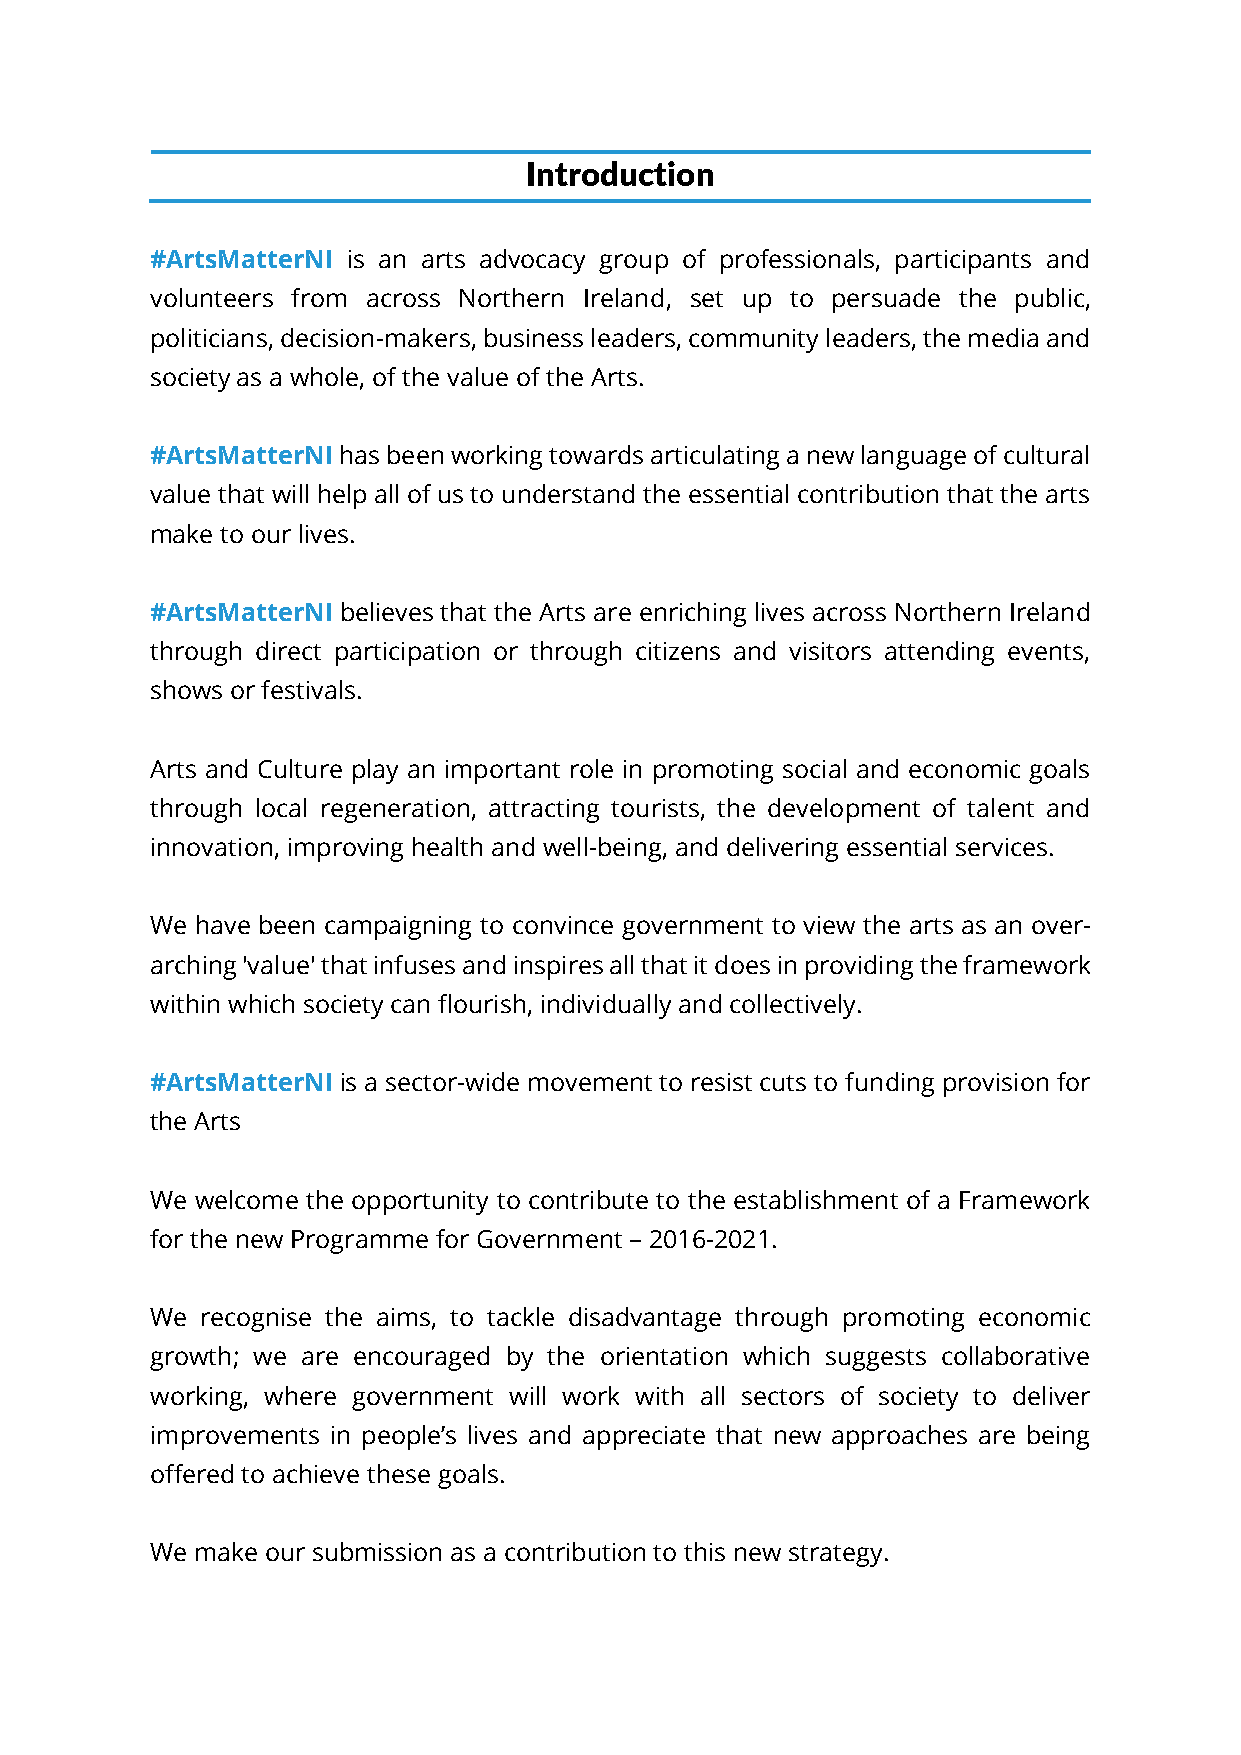
Introduction
 #ArtsMatterNI is an arts advocacy group of professionals, participants and
 volunteers from across Northern Ireland, set up to persuade the public,
 politicians, decision-makers, business leaders, community leaders, the media and
 society as a whole, of the value of the Arts.
 #ArtsMatterNI has been working towards articulating a new language of cultural
 value that will help all of us to understand the essential contribution that the arts
 make to our lives.
 #ArtsMatterNI believes that the Arts are enriching lives across Northern Ireland
 through direct participation or through citizens and visitors attending events,
 shows or festivals.
 Arts and Culture play an important role in promoting social and economic goals
 through local regeneration, attracting tourists, the development of talent and
 innovation, improving health and well-being, and delivering essential services.
 We have been campaigning to convince government to view the arts as an over-
 arching 'value' that infuses and inspires all that it does in providing the framework
 within which society can flourish, individually and collectively.
 #ArtsMatterNI is a sector-wide movement to resist cuts to funding provision for
 the Arts
 We welcome the opportunity to contribute to the establishment of a Framework
 for the new Programme for Government – 2016-2021.
 We recognise the aims, to tackle disadvantage through promoting economic
 growth; we are encouraged by the orientation which suggests collaborative
 working, where government will work with all sectors of society to deliver
 improvements in people’s lives and appreciate that new approaches are being
 offered to achieve these goals.
 We make our submission as a contribution to this new strategy.